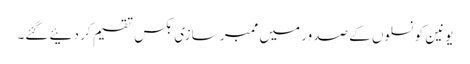
یونین کونسلوں کے صدور میں ممبر سازی بکس تقسیم کر دئیے گئے۔